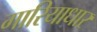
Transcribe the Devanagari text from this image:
गारियाधार